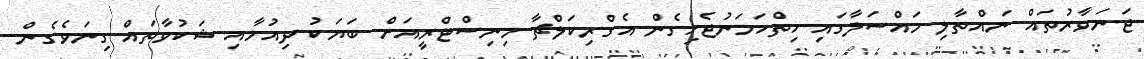
ޖަނަވާރުތައް ނައްތާލި މައްސަލާގައި ހިތްހަމަނުޖެހިގެން އެގްރިކަލްޗާ މިނިސްޓްރީއަށް ބަޔަކު ދިއުމާއި ޝަކުވާތައް ގިނަވެގެން